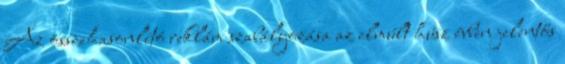
Az összehasonlító reklám szabályozása az elmúlt húsz évben jelentős